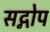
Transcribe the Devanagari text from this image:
सद्गोप